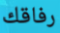
رفاقك